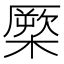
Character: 橜